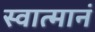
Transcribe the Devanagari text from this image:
स्वात्मानं